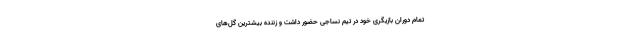
تمام دوران بازیگری خود در تیم نساجی حضور داشت و زننده بیشترین گل‌های